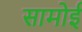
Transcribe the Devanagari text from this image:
सामोई